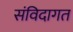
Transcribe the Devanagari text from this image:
संविदागत